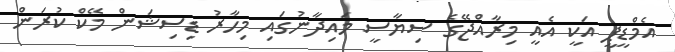
އެމްޑީޕީ އަކީ އެއީ މިރާއްޖޭގެ ސިޔާސީ މައިދާނުގައި މިހާރު ޑިސިޝަން މޭކް ކުރަން